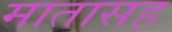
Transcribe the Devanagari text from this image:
मातासह